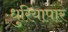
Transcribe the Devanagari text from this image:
धुरियापार